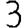
Digit: 3